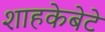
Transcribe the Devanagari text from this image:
शाहकेबेटे